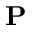
{ \bf P }